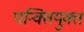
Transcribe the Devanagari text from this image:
पन्क्तियुक्त